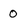
Character: 0